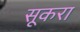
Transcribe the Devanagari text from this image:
सूकरा